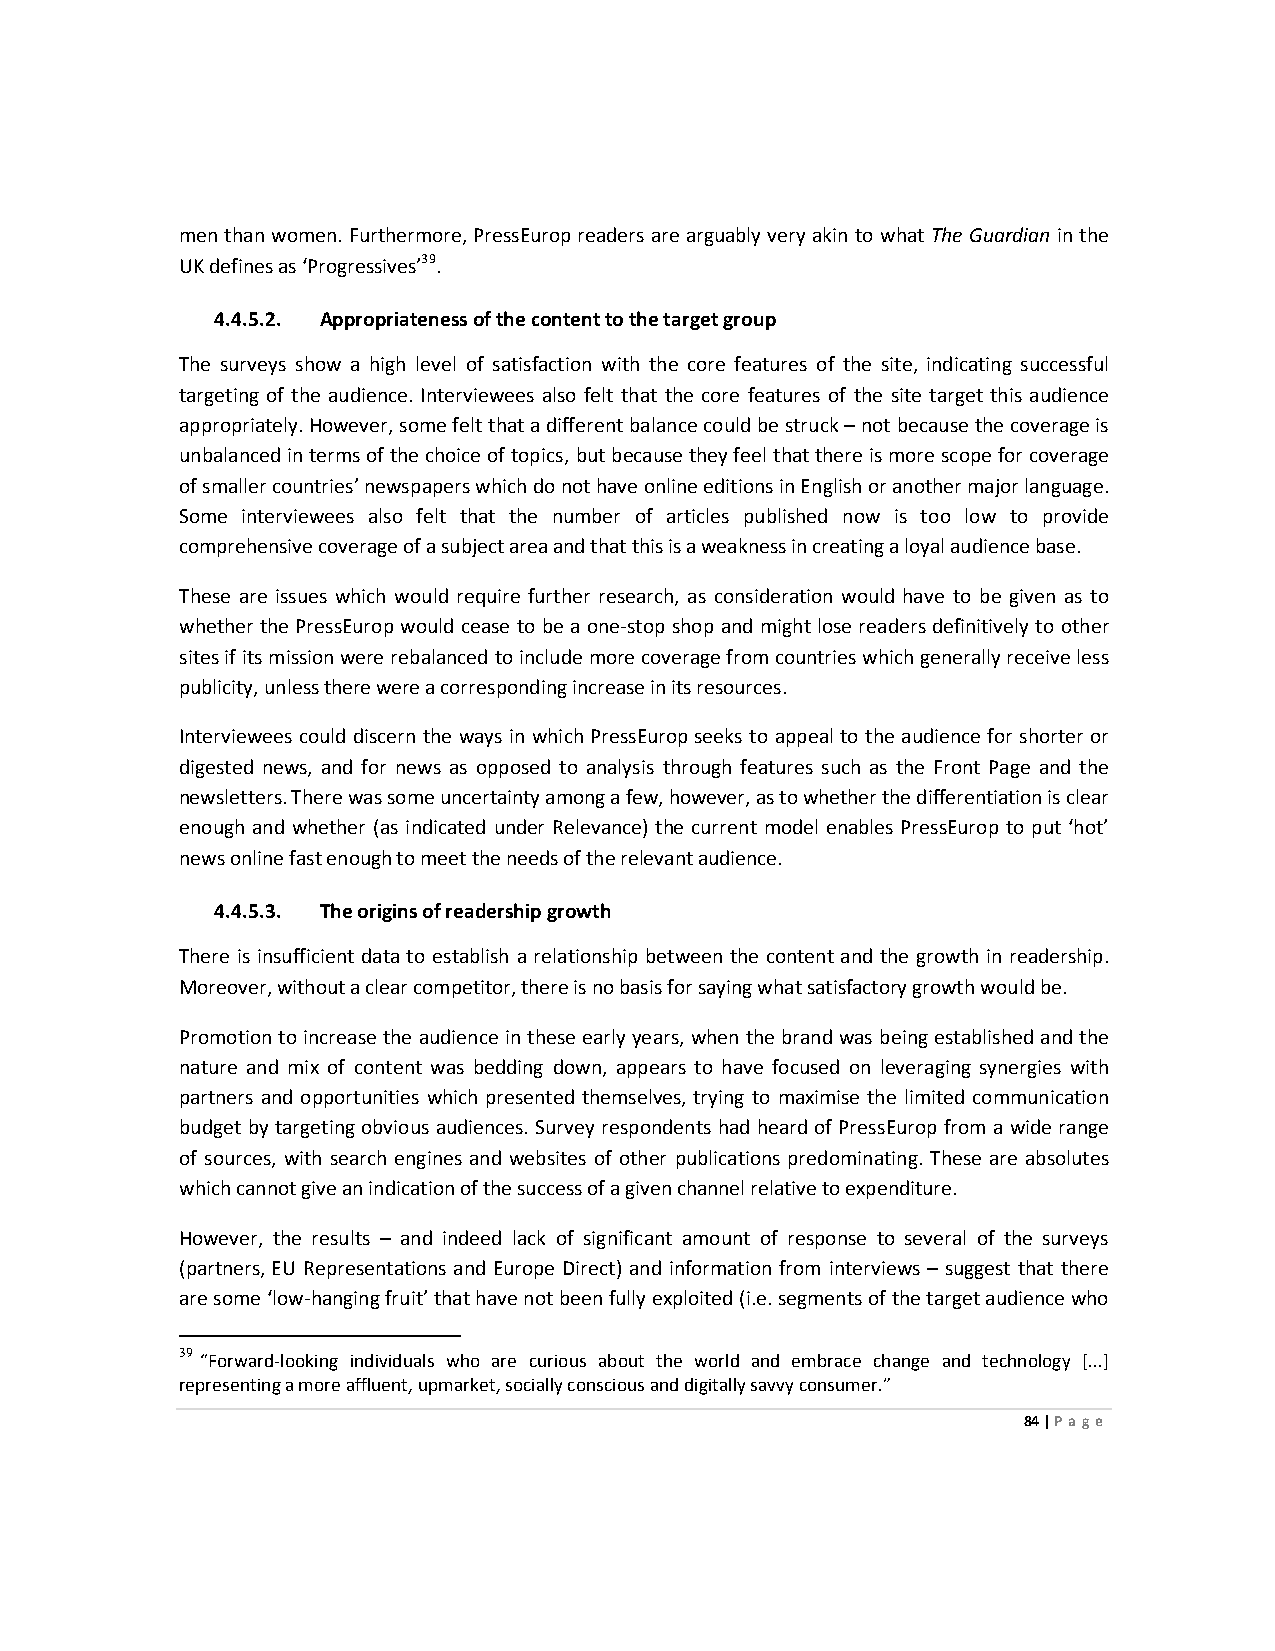
men than women. Furthermore, PressEurop readers are arguably very akin to what The Guardian in the
 UK defines as ‘Progressives’39.
 4.4.5.2. Appropriateness of the content to the target group
 The surveys show a high level of satisfaction with the core features of the site, indicating successful
 targeting of the audience. Interviewees also felt that the core features of the site target this audience
 appropriately. However, some felt that a different balance could be struck – not because the coverage is
 unbalanced in terms of the choice of topics, but because they feel that there is more scope for coverage
 of smaller countries’ newspapers which do not have online editions in English or another major language.
 Some interviewees also felt that the number of articles published now is too low to provide
 comprehensive coverage of a subject area and that this is a weakness in creating a loyal audience base.
 These are issues which would require further research, as consideration would have to be given as to
 whether the PressEurop would cease to be a one-stop shop and might lose readers definitively to other
 sites if its mission were rebalanced to include more coverage from countries which generally receive less
 publicity, unless there were a corresponding increase in its resources.
 Interviewees could discern the ways in which PressEurop seeks to appeal to the audience for shorter or
 digested news, and for news as opposed to analysis through features such as the Front Page and the
 newsletters. There was some uncertainty among a few, however, as to whether the differentiation is clear
 enough and whether (as indicated under Relevance) the current model enables PressEurop to put ‘hot’
 news online fast enough to meet the needs of the relevant audience.
 4.4.5.3. The origins of readership growth
 There is insufficient data to establish a relationship between the content and the growth in readership.
 Moreover, without a clear competitor, there is no basis for saying what satisfactory growth would be.
 Promotion to increase the audience in these early years, when the brand was being established and the
 nature and mix of content was bedding down, appears to have focused on leveraging synergies with
 partners and opportunities which presented themselves, trying to maximise the limited communication
 budget by targeting obvious audiences. Survey respondents had heard of PressEurop from a wide range
 of sources, with search engines and websites of other publications predominating. These are absolutes
 which cannot give an indication of the success of a given channel relative to expenditure.
 However, the results – and indeed lack of significant amount of response to several of the surveys
 (partners, EU Representations and Europe Direct) and information from interviews – suggest that there
 are some ‘low-hanging fruit’ that have not been fully exploited (i.e. segments of the target audience who
 39 “Forward-looking individuals who are curious about the world and embrace change and technology [...]
 representing a more affluent, upmarket, socially conscious and digitally savvy consumer.”
 84 | Page